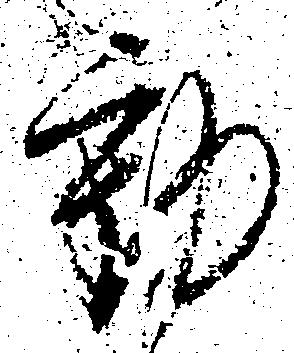
動